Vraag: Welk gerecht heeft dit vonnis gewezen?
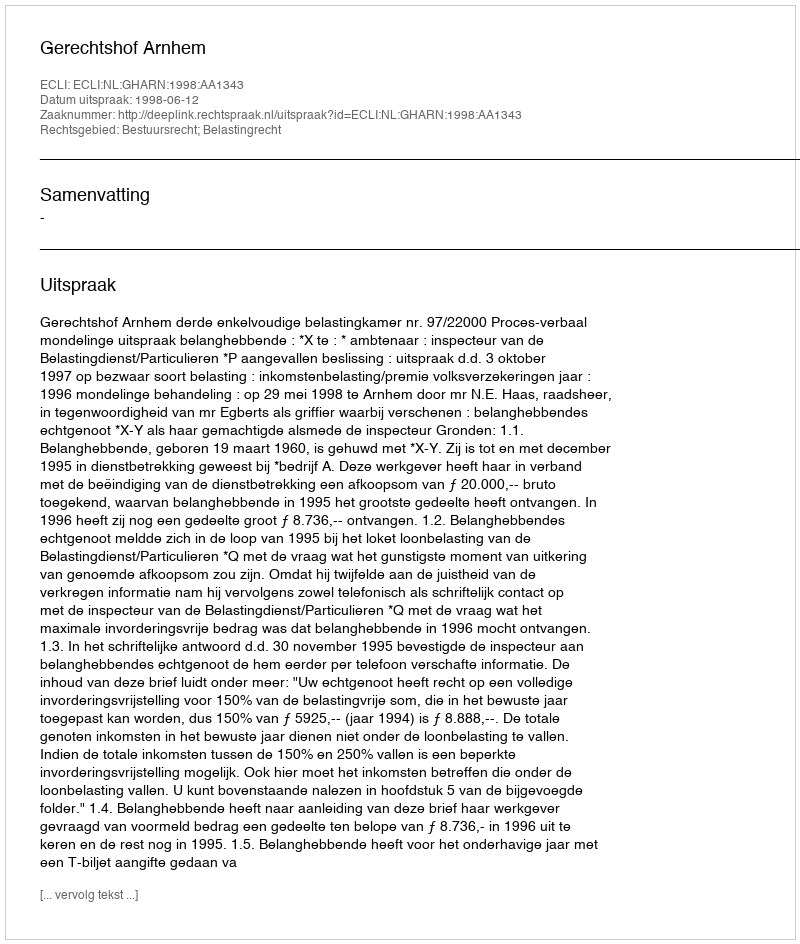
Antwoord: Gerechtshof Arnhem